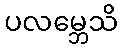
ပလမ္ဘေသိ